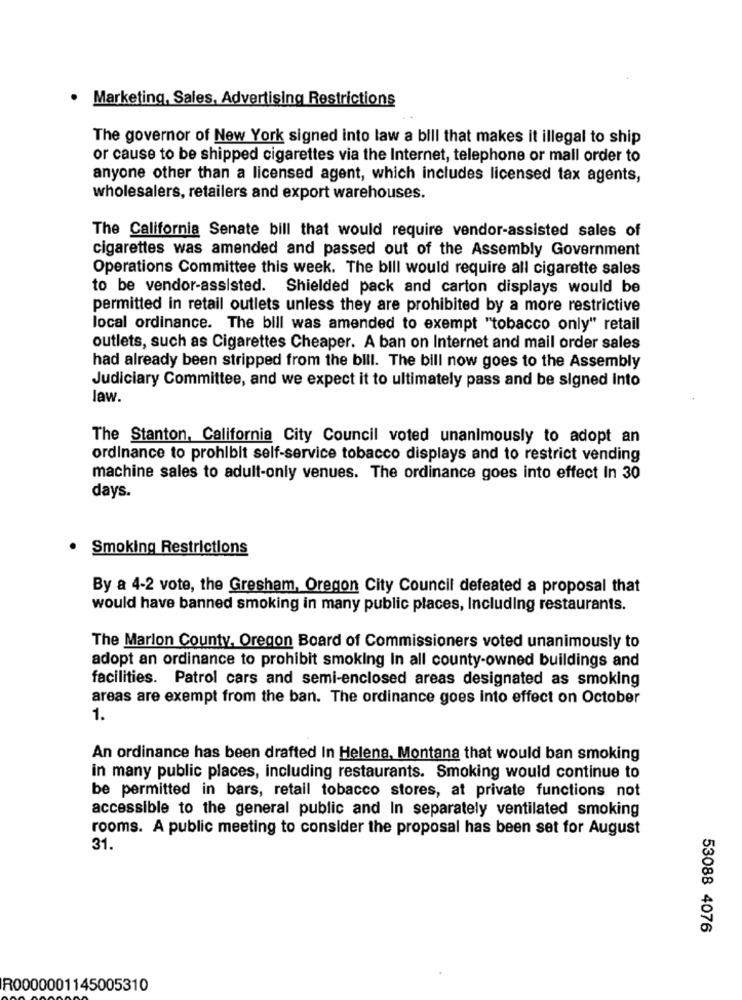
· Marketing, Sales, Advertising Restrictions
The governor of New York signed into law a bill that makes it illegal to ship
or cause to be shipped cigarettes via the Internet, telephone or mall order to
anyone other than a licensed agent, which includes licensed tax agents,
wholesalers, retailers and export warehouses.
The California Senate bill that would require vendor-assisted sales of
cigarettes was amended and passed out of the Assembly Government
Operations Committee this week. The bill would require all cigarette sales
to be vendor-assisted. Shielded pack and carton displays would be
permitted in retail outlets unless they are prohibited by a more restrictive
local ordinance. The bill was amended to exempt "tobacco only" retail
outlets, such as Cigarettes Cheaper. A ban on Internet and mail order sales
had already been stripped from the bill. The bill now goes to the Assembly
Judiciary Committee, and we expect it to ultimately pass and be signed into
law.
The Stanton, California City Council voted unanimously to adopt an
ordinance to prohibit self-service tobacco displays and to restrict vending
machine sales to adult-only venues. The ordinance goes into effect In 30
days.
· Smoking Restrictions
By a 4-2 vote, the Gresham, Oregon City Council defeated a proposal that
would have banned smoking in many public places, Including restaurants.
The Marion County, Oregon Board of Commissioners voted unanimously to
adopt an ordinance to prohibit smoking In all county-owned buildings and
facilities. Patrol cars and semi-enclosed areas designated as smoking
areas are exempt from the ban. The ordinance goes into effect on October
1.
An ordinance has been drafted In Helena, Montana that would ban smoking
in many public places, including restaurants. Smoking would continue to
be permitted in bars, retail tobacco stores, at private functions not
accessible to the general public and In separately ventilated smoking
rooms. A public meeting to consider the proposal has been set for August
31.
53088 4076
R0000001145005310